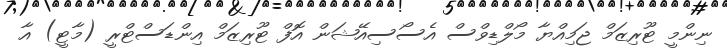
ނިންމީ ޓޫރިޒަމް ޖަމިއްޔާ މޯލްޑިވްސް އެސޯސިއޭޝަން އޮފް ޓޫރިޒަމް އިންޑަސްޓްރީ (މާޓީ) އާ